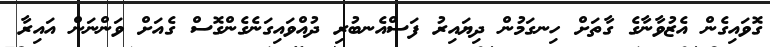
ގޮވައިގެން އެޒުވާނާގެ ގާތަށް ހިނގަމުން ދިޔައިރު ފަސްއެނބުރި ދުއްވައިގަނެގެންގޮސް ގެއަށް ވަންނަން އައިރާ